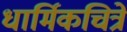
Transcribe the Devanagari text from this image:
धार्मिकचित्रे